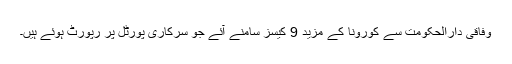
وفاقی دارالحکومت سے کورونا کے مزید 9 کیسز سامنے آئے جو سرکاری پورٹل پر رپورٹ ہوئے ہیں۔